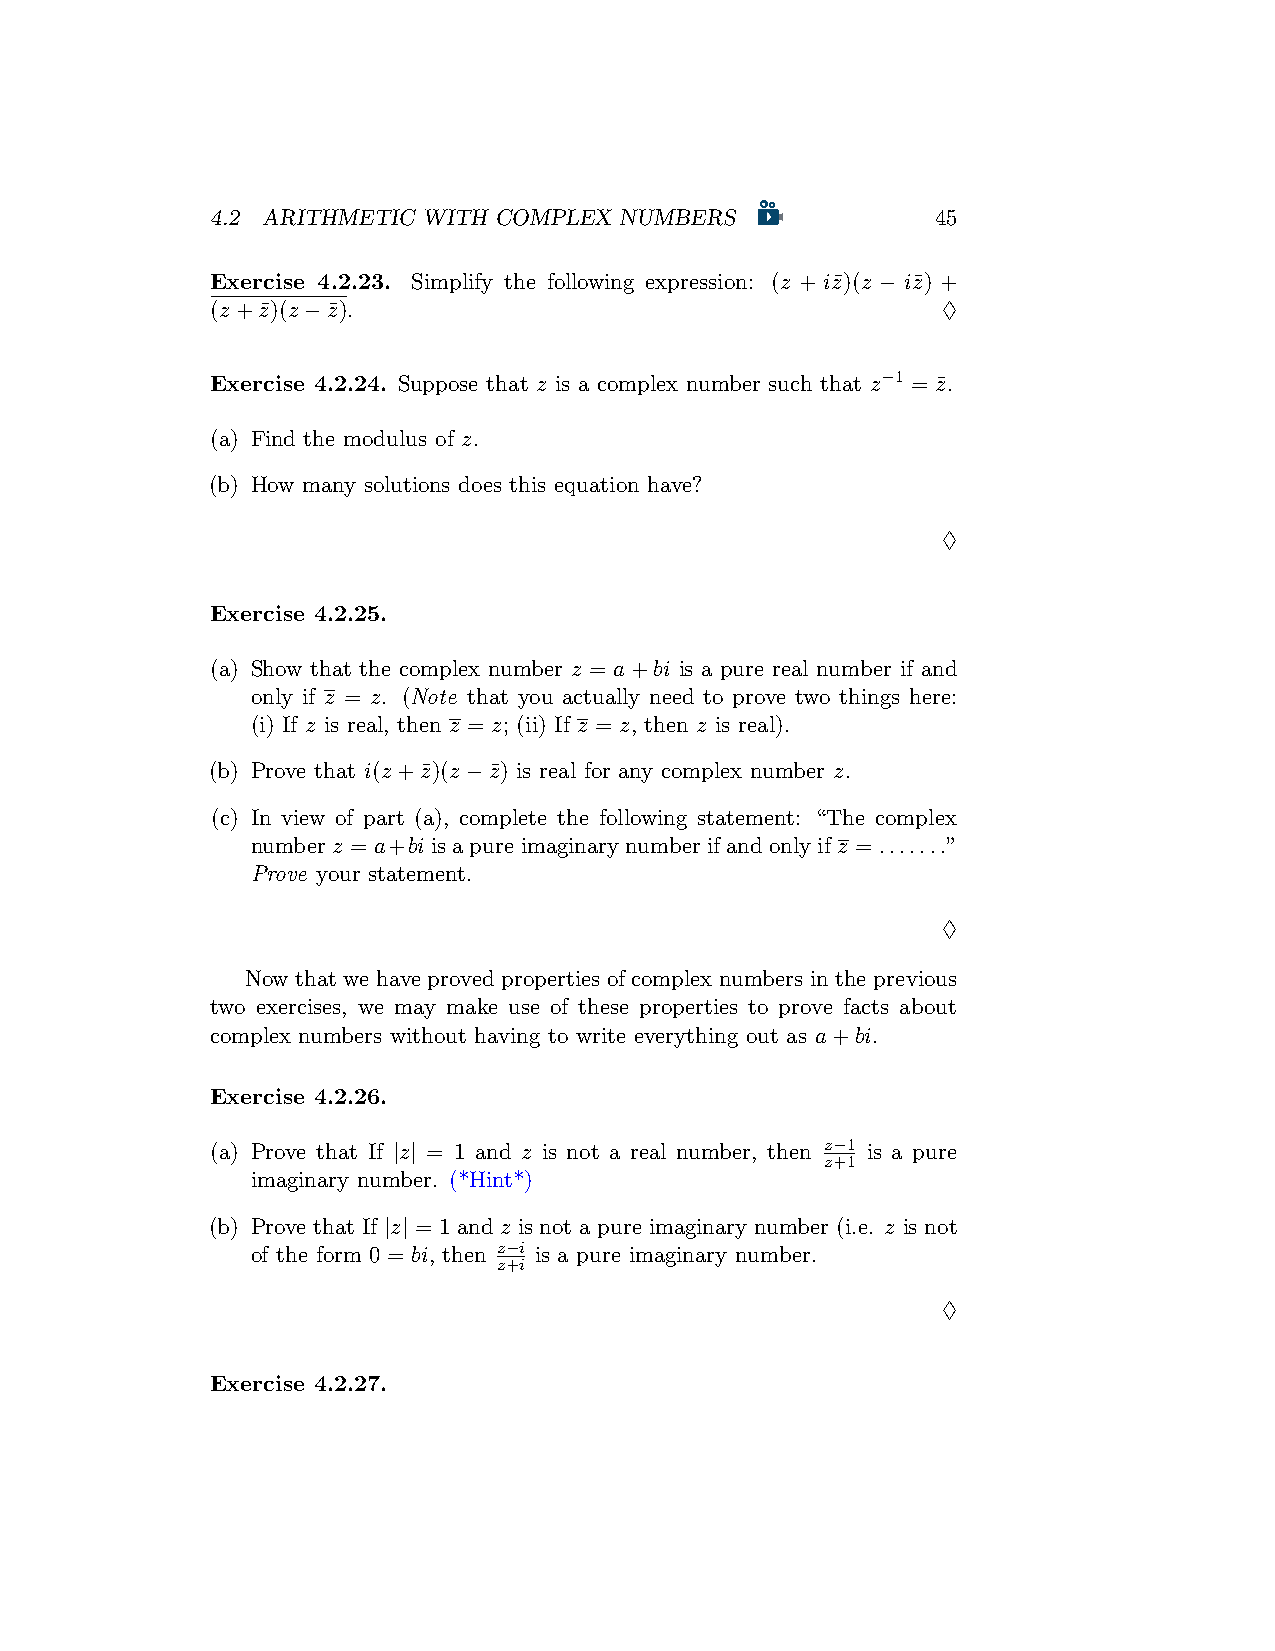
4.2 ARITHMETIC WITH COMPLEX NUMBERS             45
 Exercise 4.2.23. Simplify the following expression: (z + iz¯)(z − iz¯) +
 (z+z¯)(z−z¯).                                   ♢
 Exercise 4.2.24. Suppose that z is a complex number such that z−1 = z¯.
 (a) Find the modulus of z.
 (b) How many solutions does this equation have?
 ♢
 Exercise 4.2.25.
 (a) Show that the complex number z = a+bi is a pure real number if and
 only if z = z. (Note that you actually need to prove two things here:
 (i) If z is real, then z = z; (ii) If z = z, then z is real).
 (b) Prove that i(z+z¯)(z−z¯) is real for any complex number z.
 (c) In view of part (a), complete the following statement: “The complex
 numberz = a+biisapureimaginarynumberifandonlyifz = .......”
 Prove your statement.
 ♢
 Now that we have proved properties of complex numbers in the previous
 two exercises, we may make use of these properties to prove facts about
 complex numbers without having to write everything out as a+bi.
 Exercise 4.2.26.
 (a) Prove that If |z| = 1 and z is not a real number, then z−1 is a pure
 z+1
 imaginary number. (*Hint*)
 (b) Prove that If |z| = 1 and z is not a pure imaginary number (i.e. z is not
 of the form 0 = bi, then z−i is a pure imaginary number.
 z+i
 ♢
 Exercise 4.2.27.